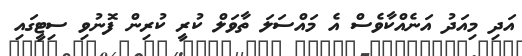
އަދި މިއަދު އަނެއްކާވެސް އެ މައްސަލަ ތާވަލް ކުރީ ކުރިން ފޮނުވި ސިޓީގައި